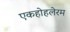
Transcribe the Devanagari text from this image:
एकहोहलेरम